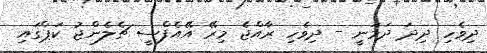
ދިވެހި ދިދަ ދަމަނީ - ދިވެހި ރާއްޖެ މިރޭ އޭއެފްސީ ޗެލެންޖު ކަޕްގައި